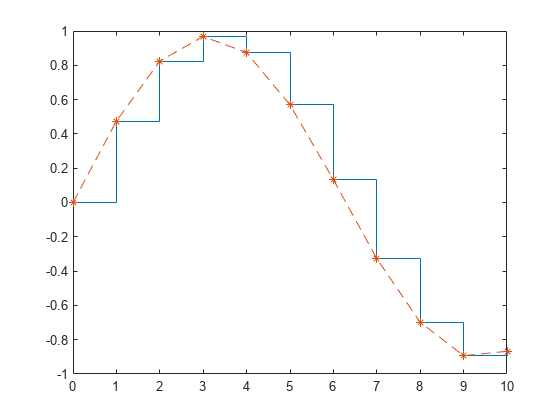
matlab, stairs, plot